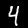
Digit: 4